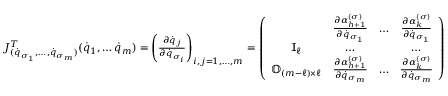
\begin{array} { l } { J _ { ( { \dot { q } } _ { \sigma _ { 1 } } , \dots , { \dot { q } } _ { \sigma _ { m } } ) } ^ { T } ( { \dot { q } } _ { 1 } , \dots { \dot { q } } _ { m } ) = \left( \frac { \partial { \dot { q } } _ { j } } { \partial { \dot { q } } _ { \sigma _ { i } } } \right) _ { i , j = 1 , \dots , m } = \left( \begin{array} { c c c c } & { \frac { \partial \alpha _ { h + 1 } ^ { ( \sigma ) } } { \partial { \dot { q } } _ { \sigma _ { 1 } } } } & { \dots } & { \frac { \partial \alpha _ { k } ^ { ( \sigma ) } } { \partial { \dot { q } } _ { \sigma _ { 1 } } } } \\ { { \mathbb I } _ { \ell } } & { \dots } & & { \dots } \\ { { \mathbb O } _ { ( m - \ell ) \times \ell } } & { \frac { \partial \alpha _ { h + 1 } ^ { ( \sigma ) } } { \partial { \dot { q } } _ { \sigma _ { m } } } } & { \dots } & { \frac { \partial \alpha _ { k } ^ { ( \sigma ) } } { \partial { \dot { q } } _ { \sigma _ { m } } } } \end{array} \right) } \end{array}